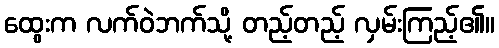
ထွေးက လက်ဝဲဘက်သို့ တည့်တည့် လှမ်းကြည့်၏။